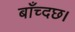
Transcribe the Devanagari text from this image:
बाँच्दछ।